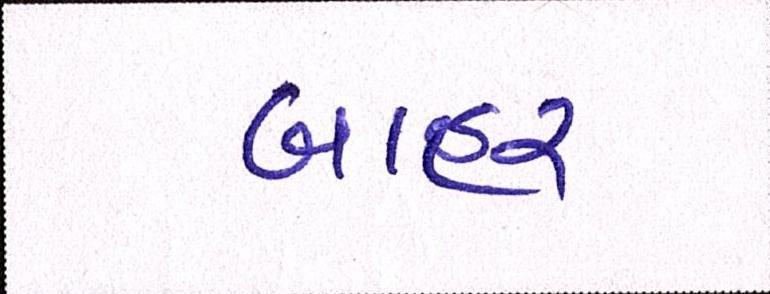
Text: બાહર